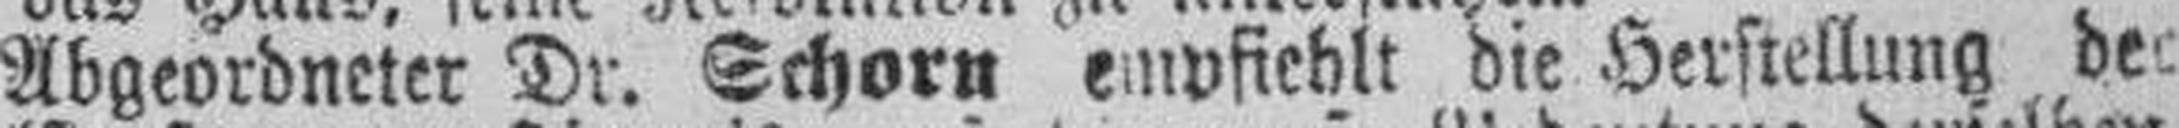
Abgeordneter Dr. Schorn empfiehlt die Herstellung der